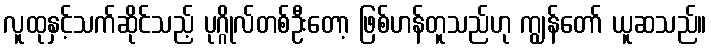
လူထုနှင့်သက်ဆိုင်သည့် ပုဂ္ဂိုလ်တစ်ဦးတော့ ဖြစ်ဟန်တူသည်ဟု ကျွန်တော် ယူဆသည်။